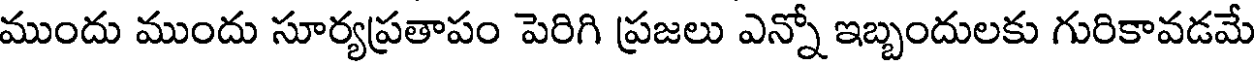
ముందు ముందు సూర్యప్రతాపం పెరిగి ప్రజలు ఎన్నో ఇబ్బందులకు గురికావడమే